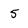
Character: 5